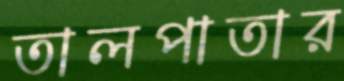
তালপাতার